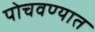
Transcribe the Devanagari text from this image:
पोचवण्यात